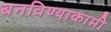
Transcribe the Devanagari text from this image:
बनविण्याकामी